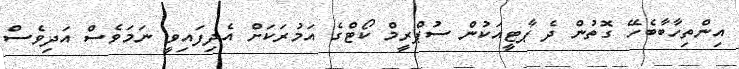
އިންތިހާބާބެހޭ ގޮތުން ދެ ޕާޓީއަކުން ސުޕްރީމް ކޯޓްގެ އަމުރަކަށް އެދިފައިވީ ނަމަވެސް އަދިވެސް